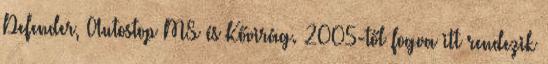
Defender, Autostop MS és Kővirág. 2005-től fogva itt rendezik